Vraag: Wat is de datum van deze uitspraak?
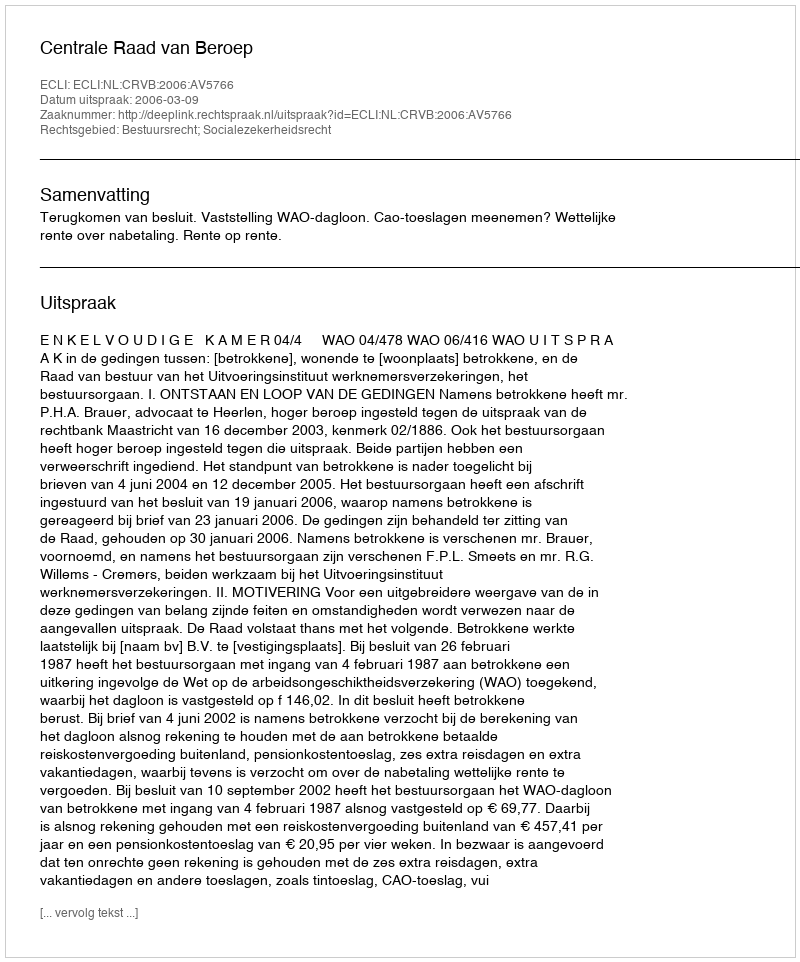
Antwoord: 2006-03-09